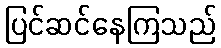
ပြင်ဆင်နေကြသည်